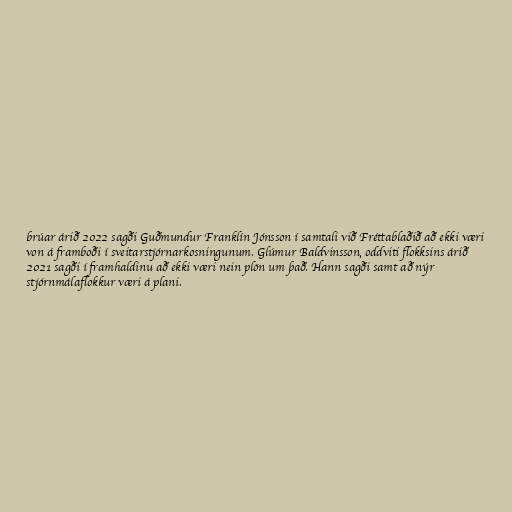
brúar árið 2022 sagði Guðmundur Franklín Jónsson í samtali við Fréttablaðið að ekki væri
von á framboði í sveitarstjórnarkosningunum. Glúmur Baldvinsson, oddviti flokksins árið
2021 sagði í framhaldinu að ekki væri nein plön um það. Hann sagði samt að nýr
stjórnmálaflokkur væri á plani.